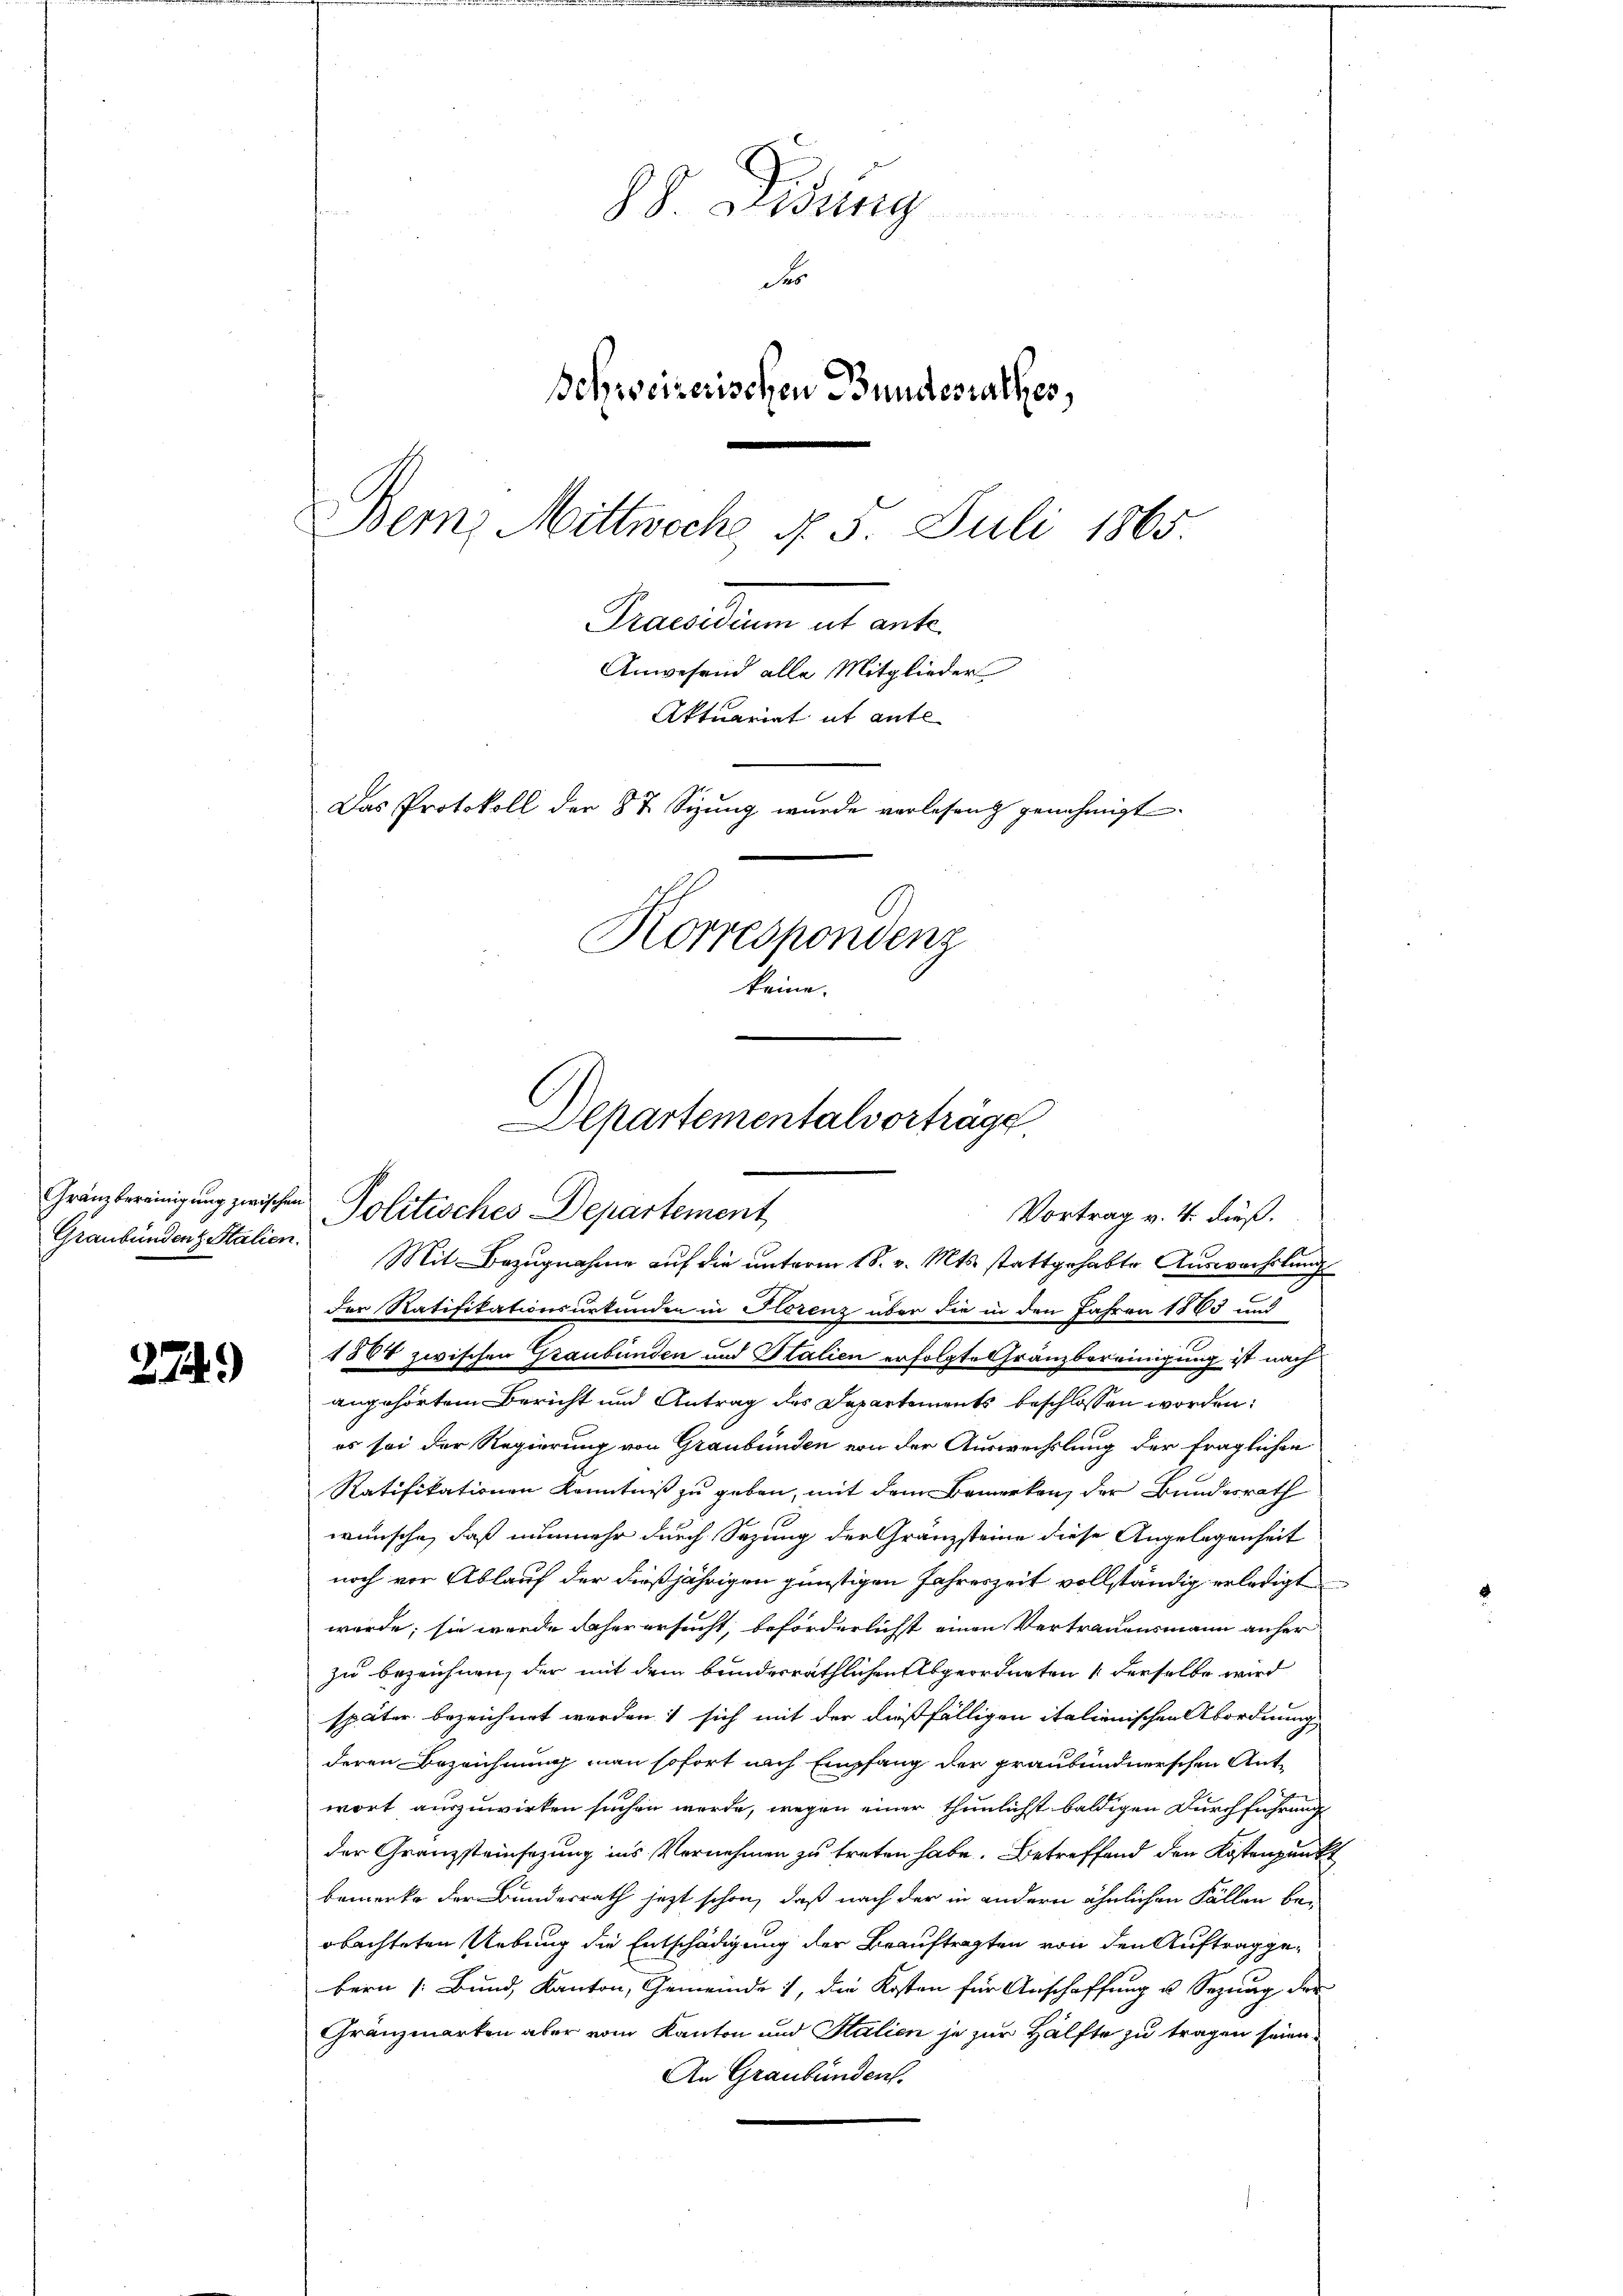
Graubündenz Stalien.

2749)

S. Ordung
Fer
Behweizerischen Bundesrathes,
Bern, Mittwoche No. 5. Juli 1865
Praesidium ut ante
Anwesend alle Mitglieder
Aktuariat it ante
Das Protokoll der 87. Sizung wurde verlesen genehmigt.
Korrespondenz
keine.

Mit Bezugnahme auf die unterm 18. v. Mts. stattgehabte Auswachslung
der Ratifikationsurkunden in Florenz über die in den Jahren 1863 und
1884 zwischen Graubünden und Stalien erfolgte Gränzbereinigung ist nach
angehörtem Bericht und Antrag des Departements beschlossen worden:
es sei der Regierung von Graubünden von der Auswechslung der fraglichen
Ratifikationen Kenntniß zu geben, mit dem Bemerken der Bundesrath
wünsche, daß nunmehr durch Sezung der Gränzsteine diese Angelegenheit
noch vor Ablauf der dießjährigen günstigen Jahreszeit vollständig erledigt
werde; sie werde daher ersucht, beförderlichst einen Vertrauensmann anher
zu bezeichnen, der mit dem bundesräthlichen Abgeordneten 1 derselbe wird
später bezeichnet werden, sich mit der dießfälligen italienischen Abordnung
deren Bezeichnung man sofort nach Empfang der graubündnerschen Antwort auszuwirken suchen werde, wegen einer thunlichst baldigen Durchführung
der Granzsteinsezung ins Vernehmen zu treten habe. Betreffend den Kostenpunkt
bemerke der Bundesrath jetzt schon, daß nach der in andern ähnlichen Fällen beobachteten Uebung die Entschädigung der Beauftragten von den Auftrag gebern [Bund, Kanton, Gemeinde), die Kosten für Anschaffung u Sezung der
Gränzmarken aber vom Kanton und Stalien je zur Hälfte zu tragen seien.
An Graubünden.

Departementalvorträge
Gränzbereinigung zwischen Politisches Departement
Vortrag v. 4. dieß.